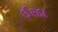
ઈરદા